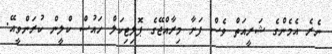
ނެރެ އެމެންގެ ޝަރީއަތް ވެސް ފަށާ މިރާއްޖޭގެ ޕޮލިޓިކަލް ހައުސް ކްލީން ކުރަންވީއޭ.